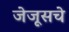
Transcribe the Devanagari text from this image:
जेजूसचे